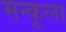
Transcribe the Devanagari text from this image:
मन्कूला